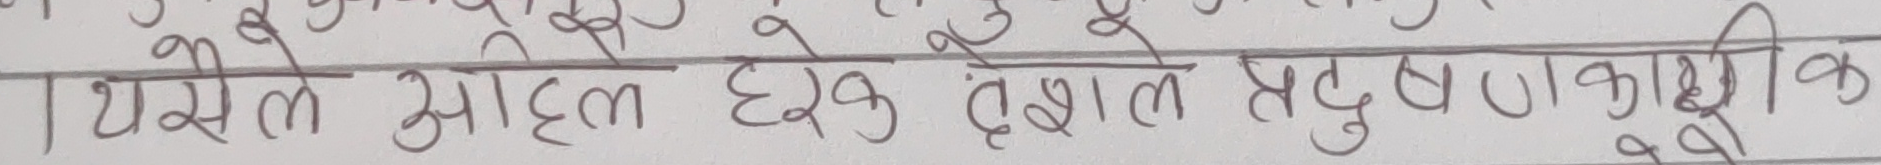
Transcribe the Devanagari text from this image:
थैले मोहत हरेक देशले प्रदुषणकाखीक